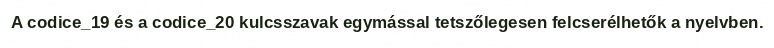
A codice_19 és a codice_20 kulcsszavak egymással tetszőlegesen felcserélhetők a nyelvben.